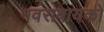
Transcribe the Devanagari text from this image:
नवराबायको